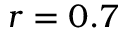
r = 0 . 7